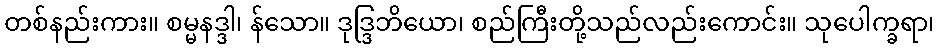
တစ်နည်းကား။ စမ္မနဒ္ဒါ၊ န်သော။ ဒုဒ္ဒြဘိယော၊ စည်ကြီးတို့သည်လည်းကောင်း။ သုပေါက္ခရာ၊